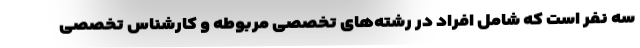
سه نفر است که شامل افراد در رشته‌‌های تخصصی مربوطه و کارشناس تخصصی